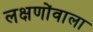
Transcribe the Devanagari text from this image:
लक्षणोंवाला